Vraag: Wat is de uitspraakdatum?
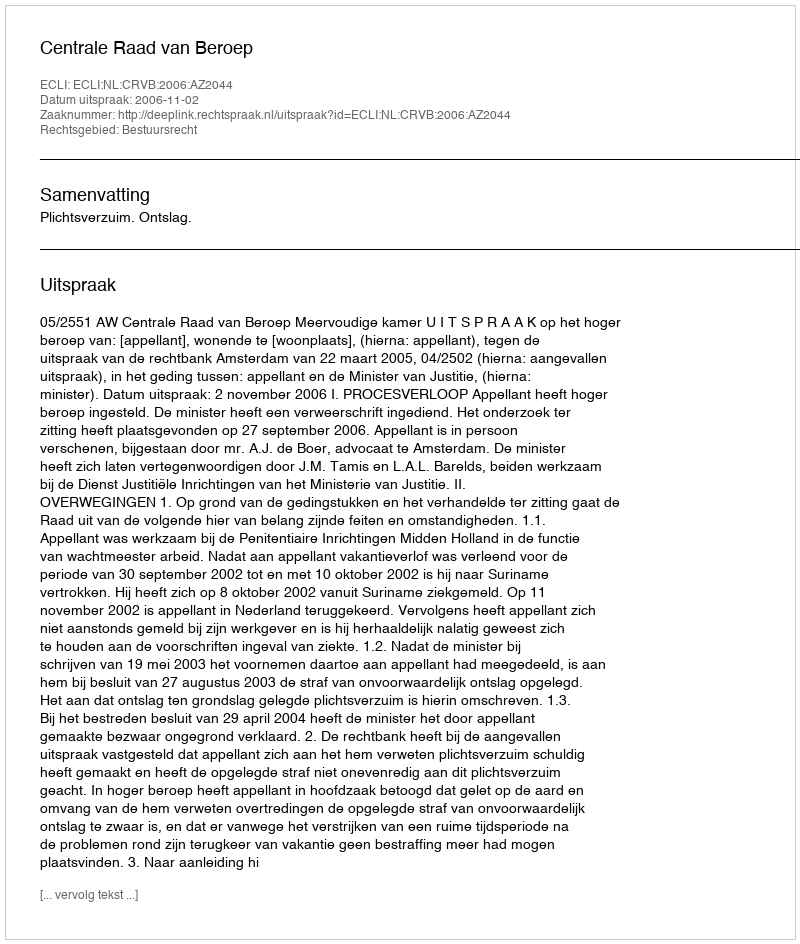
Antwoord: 2006-11-02